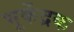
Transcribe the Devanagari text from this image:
भूकेंद्रक